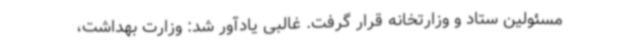
مسئولین ستاد و وزارتخانه قرار گرفت. غالبی یادآور شد: وزارت بهداشت،